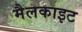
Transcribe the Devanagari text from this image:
मैलकाइट